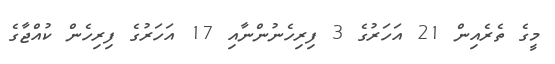
މީގެ ތެރެއިން 21 އަހަރުގެ 3 ފިރިހެނުންނާއި 17 އަހަރުގެ ފިރިހެން ކުއްޖާގެ